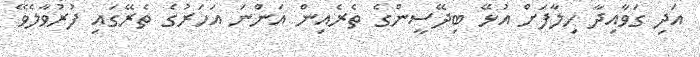
އަދި ގަވާއިދާ ހިލާފަށް އުޅޭ ބިދޭސީންގެ ތެރެއިން އަންނަ އަހަރުގެ ތެެރޭގައި ފުރުވާލެވޭ